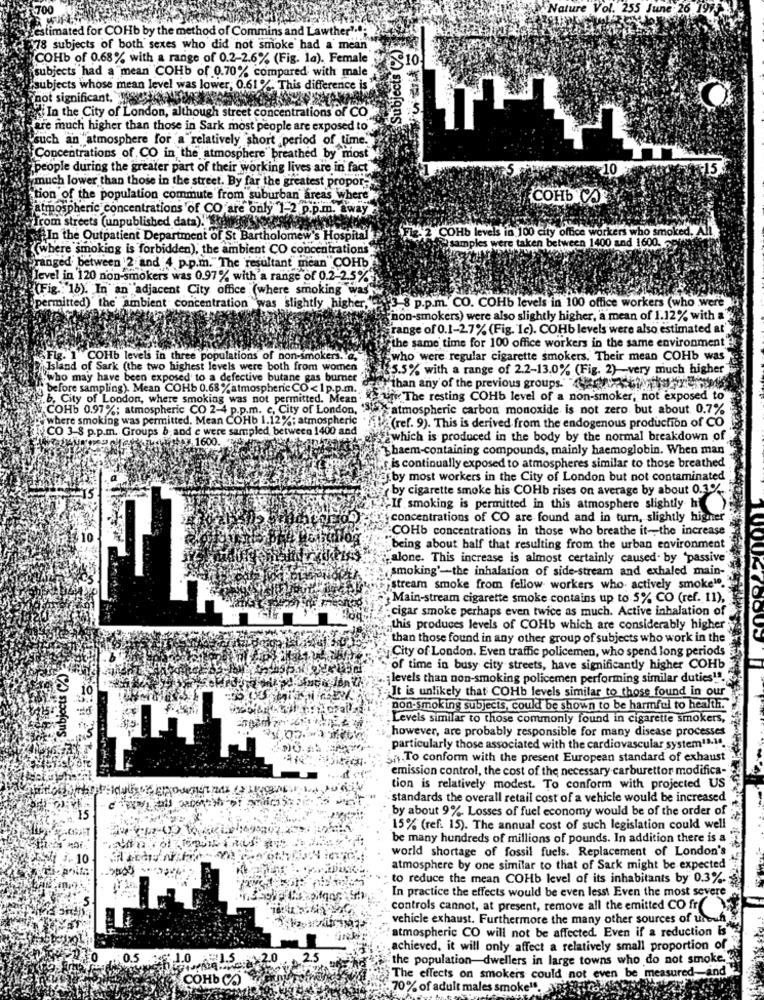
700
Eestimated for COHb by the method of Commins and Lawther".
$78 subjects of both sexes who did not smoke had a mean
Subjects (%)
COHb of 0.68% with a range of 0.2-2.6% (Fig. la). Female
subjects had a mean COHb of 0.70% compared with male
subjects whose mean level was lower, 0.61 %. This difference is
not significant. 5
ted In the City of London, although street concentrations of CO
Here much higher than those in Sark most people are exposed to
such an atmosphere for a relatively short period of time.
Concentrations of CO in the atmosphere" breathed by most
people during the greater part of their working lives are in fact
10
much lower than those in the street. By far the greatest propor-
tion of the population commute from suburban areas where
COHb COR
atmospheric concentrations of CO are only 1-2 p.p.m. away
Trom streets (unpublished data). hewas
In the Outpatient Department of St Bartholomew's Hospital
COHb levels in 100 city office workers who smoked, A
samples were taken between 1400 and 1600.
(where smoking is forbidden), the ambient CO concentrations
ranged between 2 and 4 p.p.m. The resultant mean COHb
level in 120 non-smokers was 0.97% with a range of 0.2-2.5%*
(Fig .: 18). In an adjacent City office (where smoking was
permitted) the' ambient concentration was slightly higher, 3 8 p.p.m. CO. COHb levels in 100 office workers (who were
"non-smokers) were also slightly higher, a mean of 1.12% with a
range of 0.1-2.7% (Fig. 1c). COHb levels were also estimated at"
"the same time for 100 office workers in the same environment
. ""COHb levels in three populations of non-smokers. a.
(who were regular cigarette smokers. Their mean COHb was
Island of Sark (the two highest levels were both from women
.45.5% with a range of 2.2-13.0% (Fig. 2)-very much higher
"who may have been exposed to a defective butane gas burner
"before sampling). Mean COHb 0.68%atmospheric CO< 1 p.p.m.
"than any of the previous groups."hendesEsi
.b, City of London, where smoking was not permitted. Mean
uni The resting COHb level of a non-smoker, not exposed to
COHb 0.97%; atmospheric CO 2-4 p.p.m. c, City of London,
atmospheric carbon monoxide is not zero but about 0.7%
where smoking was permitted. Mean COHb 1.12% ; atmospheric
CO 3 8 p.p.m. Groups b.and e were sampled between 1400 and
(ref. 9). This is derived from the endogenous production of CO
1600
which is produced in the body by the normal breakdown of
Thaem-containing compounds, mainly haemoglobin. When man
r.is continually exposed to atmospheres similar to those breathed
we by most workers in the City of London but not contaminated
erby cigarette smoke his COHb rises on average by about 0.3%
"If smoking is permitted in this atmosphere slightly hi
concentrations of CO are found and in turn, slightly higne
COHb concentrations in those who breathe it -, the increase
being about half that resulting from the urban environment
alone. This increase is almost certainly caused. by "passive
smoking'-the inhalation of side-stream and exhaled main-
stream smoke from fellow workers who actively smoke".
Main-stream cigarette smoke contains up to 5% CO (ref. 11),
:cigar smoke perhaps even twice as much. Active inhalation of
this produces levels of COHb which are considerably higher
than those found in any other group of subjects who work in the
City of London. Even traffic policemen, who spend long periods
Subjects (%)
of time in busy city streets, have significantly higher COHb
;levels than non-smoking policemen performing similar duties"".
It is unlikely that COHb levels similar to those found in our
non-smoking subjects, could be shown to be harmful to health.
„Levels similar to those commonly found in cigarette smokers,
however, are probably responsible for many disease processes
particularly those associated with the cardiovascular system11.1.
To conform with the present European standard of exhaust
emission control, the cost of the necessary carburettor modifica-
tion is relatively modest. To conform with projected US
standards the overall retail cost of a vehicle would be increased
by about 9% Losses of fuel economy would be of the order of
15% (ref. 15). The annual cost of such legislation could well
be many hundreds of millions of pounds. In addition there is a
world shortage of fossil fuels. Replacement of London's
atmosphere by one similar to that of Sark might be expected
to reduce the mean COHb level of its inhabitants by 0.3%.
In practice the effects would be even lesst Even the most severe
controls cannot, at present, remove all the emitted CO fr
vehicle exhaust. Furthermore the many other sources of unouh
atmospheric CO will not be affected. Even if a reduction Is
achieved, it will only affect a relatively small proportion of
0.5 1.0
15
the population-dwellers in large towns who do not smoke.
ed-and
COНЬ СА
The effects on smokers could not even be
70% of adult males smoke